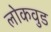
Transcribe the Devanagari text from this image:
लोकवुड